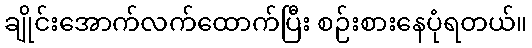
ချိုင်းအောက်လက်ထောက်ပြီး စဉ်းစားနေပုံရတယ်။